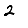
Digit: 2